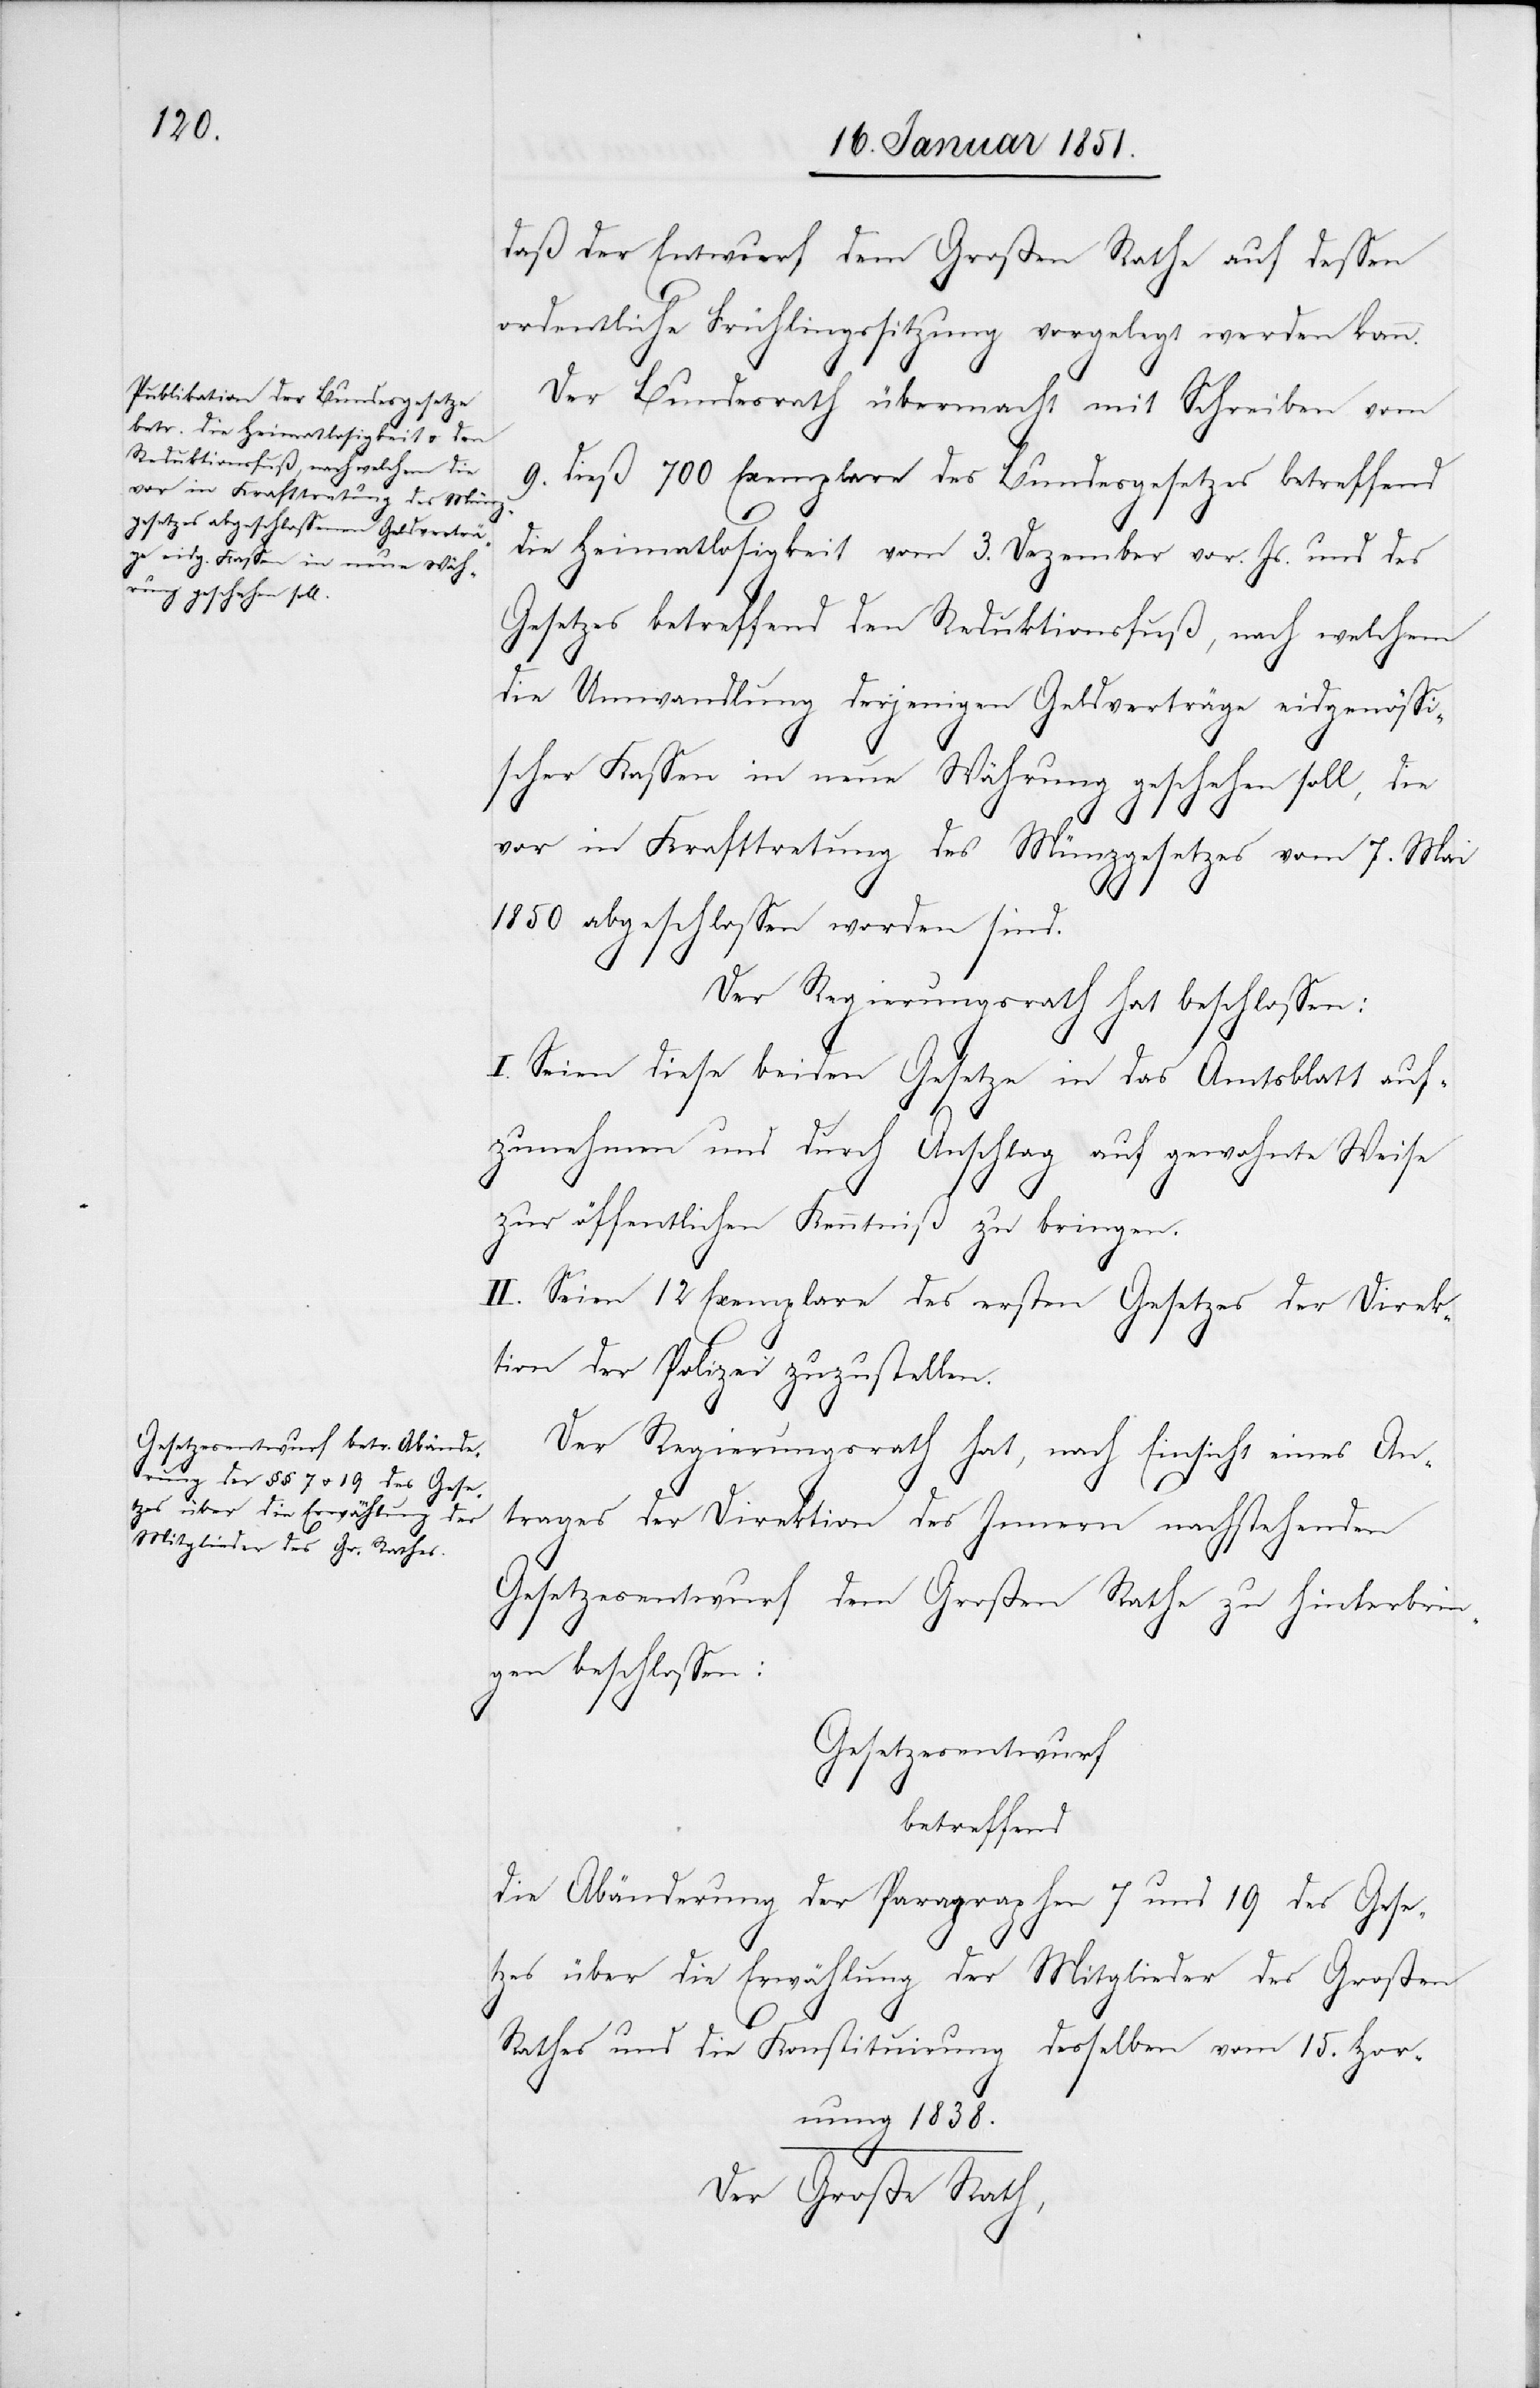
daß der Entwurf dem Großen Rathe auf dessen
ordentliche Frühlingssitzung vorgelegt werden kann.
Der Bundesrath übermacht mit Schreiben vom
9. dieß 700 Exemplare des Bundesgesetzes betreffend
die Heimatlosigkeit vom 3. Dezember vor. Js. und des
Gesetzes betreffend den Reduktionsfuß, nach welchem
die Umwandlung derjenigen Geldverträge eidgenössi¬
scher Kassen in neue Währung geschehen soll, die
vor in Krafttretung des Münzgesetzes vom 7. Mai
1850 abgeschlossen worden sind.
Der Regierungsrath hat beschlossen:
I. Seien diese beiden Gesetze in das Amtsblatt auf¬
zunehmen und durch Anschlag auf gewohnte Weise
zur öffentlichen Kenntniß zu bringen.
II. Seien 12 Exemplare des ersten Gesetzes der Direk¬
tion der Polizei zuzustellen.
Der Regierungsrath hat, nach Einsicht eines An¬
trages der Direktion des Innern nachstehenden
Gesetzesentwurf dem Großen Rathe zu hinterbrin¬
gen beschlossen:
Gesetzesentwurf
betreffend
die Abänderung der Paragraphen 7 und 19. des Gese¬
tzes über die Erwählung der Mitglieder des Großen
Rathes und die Konstituirung desselben vom 15. Hor¬
nung 1838.
Der Große Rath,